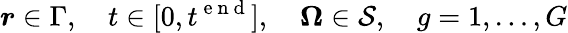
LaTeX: \boldsymbol{r}\in\Gamma,\quad t\in[0,t^{\mathrm{~e~n~d~}}],\quad\boldsymbol{\Omega}\in\mathcal{S},\quad g=1,\dots,G